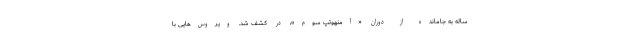
ساله به جامانده از دوران «آمنهوتپ سوم»، در کشف شد. ویروس‌هایی با